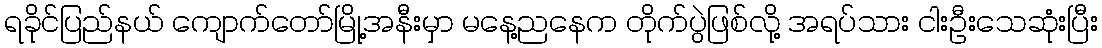
ရခိုင်ပြည်နယ် ကျောက်တော်မြို့အနီးမှာ မနေ့ညနေက တိုက်ပွဲဖြစ်လို့ အရပ်သား ငါးဦးသေဆုံးပြီး